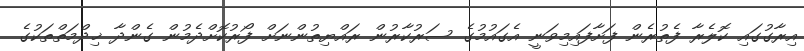
އިރާގުގައި ކޮލެރާ ފެތުރެން ފަށާފައިމިވަނީ އެގައުމުގެ ސަރުކާރުން ރައްޔިތުންނަށް ފޯރުކޮށްދެމުން ގެންދާ ޚިދްމަތްތަކުގެ